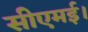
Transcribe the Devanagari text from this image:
सीएमई।